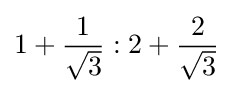
1+{\frac {1}{\sqrt {3}}}:2+{\frac {2}{\sqrt {3}}}